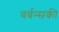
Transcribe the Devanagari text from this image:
वर्बन्सकी